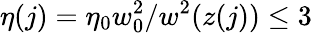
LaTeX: \eta(j)=\eta_{0}w_{0}^{2}/w^{2}(z(j))\leq 3